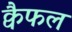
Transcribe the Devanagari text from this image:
क्वैफल